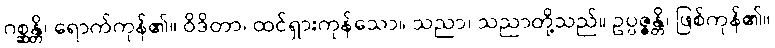
ဂစ္ဆန္တိ၊ ရောက်ကုန်၏။ ဝိဒိတာ၊ ထင်ရှားကုန်သော။ သညာ၊ သညာတို့သည်။ ဥပ္ပဇ္ဇန္တိ၊ ဖြစ်ကုန်၏။